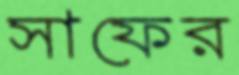
সাফের